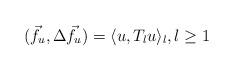
LaTeX: \begin{align*} (\vec{f}_{u},\Delta \vec{f}_{u}) = \langle u, T_{l}u\rangle_{l}, l\geq 1\end{align*}